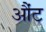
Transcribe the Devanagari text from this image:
औंट